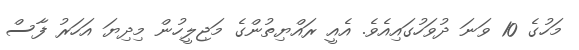
މަހުގެ 10 ވަނަ ދުވަހުގައިއެވެ. އެއީ ރައްޔިތުންގެ މަޖިލީހުން މިދިޔަ އަހަރު ފާސް